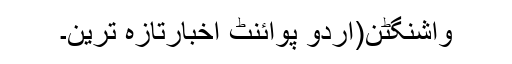
واشنگٹن(اُردو پوائنٹ اخبارتازہ ترین۔